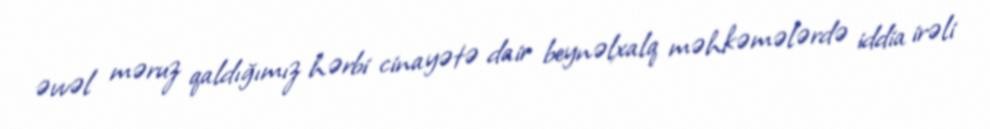
əvvəl məruz qaldığımız hərbi cinayətə dair beynəlxalq məhkəmələrdə iddia irəli